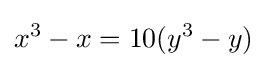
x^{3}-x=10(y^{3}-y)